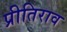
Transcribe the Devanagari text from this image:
प्रीतिराव